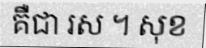
គឺជា រស ។ សុខ